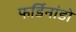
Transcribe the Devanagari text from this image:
फर्डिनांडो